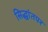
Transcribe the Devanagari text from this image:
सिद्धांतपर